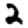
Digit: 2